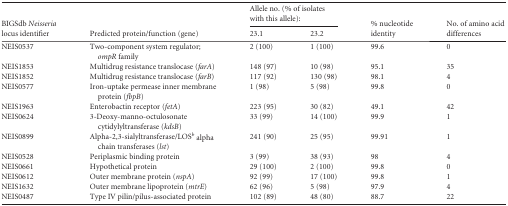
| <ROWSPAN=2> BIGSdb Neisseria locus identifier | <ROWSPAN=2> Predicted protein/function (gene) | <COLSPAN=2> Allele no. (% of isolates with this allele): | <ROWSPAN=2> % nucleotide identity | <ROWSPAN=2> No. of amino acid differences |
 | 23.1 | 23.2 |
 | --- | --- | --- | --- | --- | --- |
 | NEIS0537 | Two-component system regulator; ompR family | 2 (100) | 1 (100) | 99.6 | 0 |
 | NEIS1853 | Multidrug resistance translocase (farA) | 148 (97) | 10 (98) | 95.1 | 35 |
 | NEIS1852 | Multidrug resistance translocase (farB) | 117 (92) | 130 (98) | 98.1 | 4 |
 | NEIS0577 | Iron-uptake permease inner membrane protein (fbpB) | 1 (98) | 5 (98) | 99.8 | 0 |
 | NEIS1963 | Enterobactin receptor (fetA) | 223 (95) | 30 (82) | 49.1 | 42 |
 | NEIS0624 | 3-Deoxy-manno-octulosonate cytidylyltransferase (kdsB) | 33 (99) | 14 (100) | 99.9 | 1 |
 | NEIS0899 | Alpha-2,3-sialyltransferase/LOSb alpha chain transferases (lst) | 241 (90) | 25 (95) | 99.91 | 1 |
 | NEIS0528 | Periplasmic binding protein | 3 (99) | 38 (93) | 98 | 4 |
 | NEIS0661 | Hypothetical protein | 29 (100) | 2 (100) | 99.8 | 0 |
 | NEIS0612 | Outer membrane protein (nspA) | 92 (99) | 17 (100) | 99.8 | 1 |
 | NEIS1632 | Outer membrane lipoprotein (mtrE) | 62 (96) | 5 (98) | 97.9 | 4 |
 | NEIS0487 | Type IV pilin/pilus-associated protein | 102 (89) | 48 (80) | 88.7 | 22 |